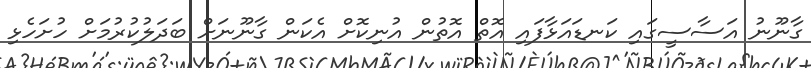
ގާނޫނު އަސާސީގައި ކަނޑައަޅާފައި އޮތް އޮތުން އުނިކޮށް އެކަން ގާނޫނަށް ބަދަލުކުރުމަށް ހުށަހެޅި